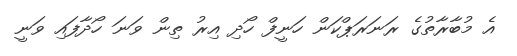
އެ މުބާރާތުގެ ރަނަރަޕްކަން ހަނީފް ހޯދި އިރު ތިން ވަނަ ހޯދާފައި ވަނީ